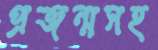
প্রজন্মসহ